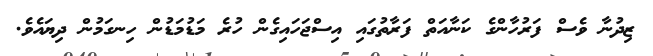
ޒިދުނާ ވެސް ފަރުހާންގެ ކަނާއަތް ފަރާތުގައި އިސްޖަހައިގެން ހުރެ މަޑުމަޑުން ހިނގަމުން ދިޔައެވެ.